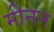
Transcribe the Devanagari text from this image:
मीनन